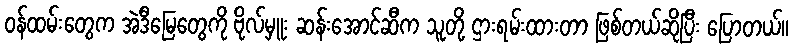
ဝန်ထမ်းတွေက အဲဒီမြေတွေကို ဗိုလ်မှူး ဆန်းအောင်ဆီက သူတို့ ဌားရမ်းထားတာ ဖြစ်တယ်ဆိုပြီး ပြောတယ်။